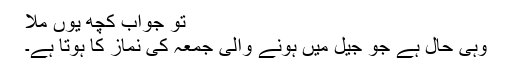
تو جواب کچھ یوں ملا
وہی حال ہے جو جیل میں ہونے والی جمعہ کی نماز کا ہوتا ہے۔